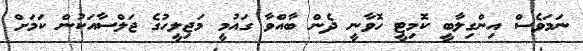
ނަމަވެސް އިންގިލާބީ ކޮމިޓީ ހޮވާނީ ދެން ބާއްވާ ގައުމީ މަޖިލީހުގެ ޖަލްސާއަކުން ކަމަށް